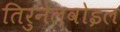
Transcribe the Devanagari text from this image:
तिरुनेलवोइल